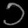
Digit: ၁